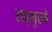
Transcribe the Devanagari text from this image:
सद्गुरुचे